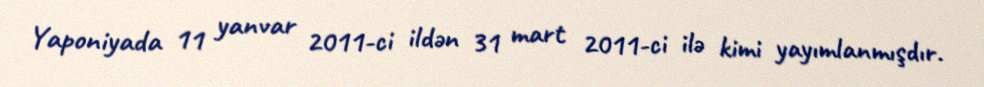
Yaponiyada 11 yanvar 2011-ci ildən 31 mart 2011-ci ilə kimi yayımlanmışdır.